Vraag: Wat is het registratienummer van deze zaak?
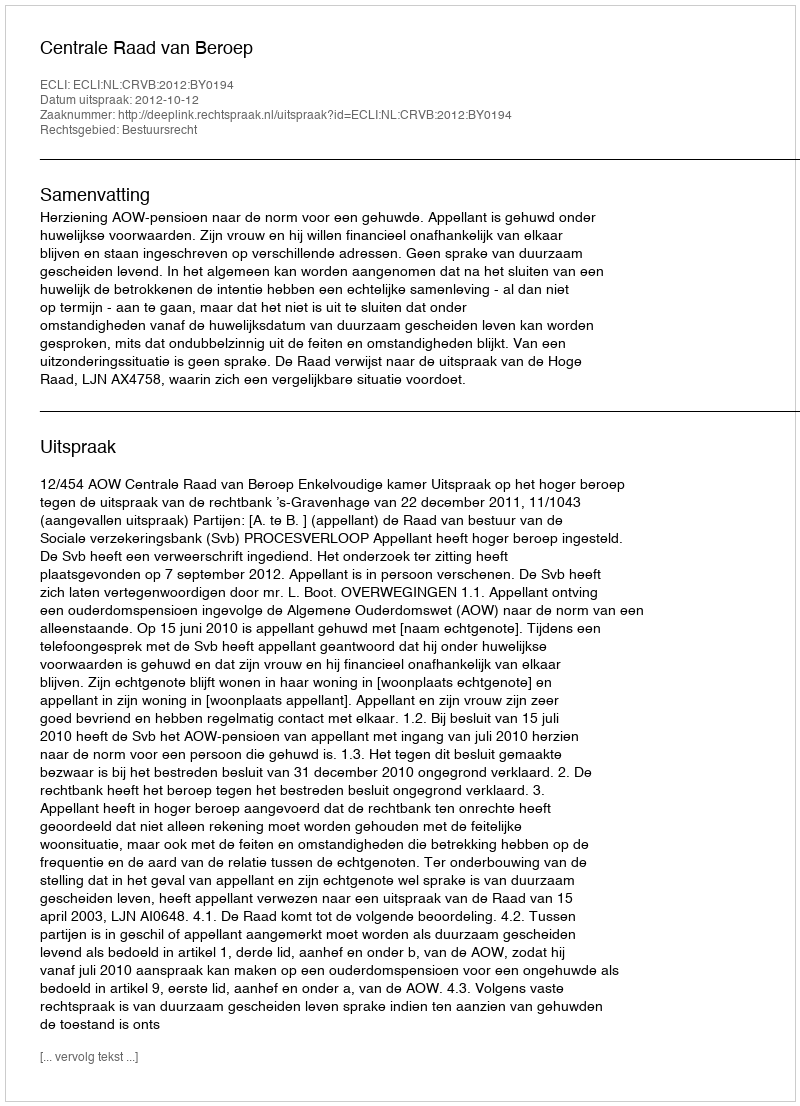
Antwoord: http://deeplink.rechtspraak.nl/uitspraak?id=ECLI:NL:CRVB:2012:BY0194